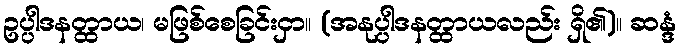
ဥပ္ပါဒနတ္ထာယ၊ မဖြစ်စေခြင်းငှာ။ (အနုပ္ပါဒနတ္ထာယလည်း ရှိ၏)။ ဆန္ဒံ